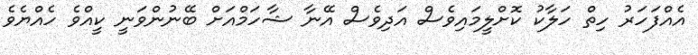
އެއްފަހަރު ހިތް ހަލާކު ކޮށްލީމައިވެސް އަދިވެސް އޭނާ ޝާހަމްއަށް ބޭނުންވަނީ ކީއްވެ ހެއްޔެވެ